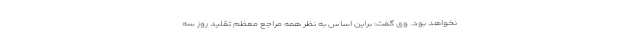
نخواهد بود. وی گفت: براین اساس به نظر همه مراجع معظم تقلید روز سه